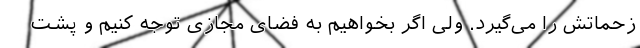
زحماتش را می‌گیرد. ولی اگر بخواهیم به فضای مجازی توجه کنیم و پشت